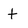
Character: t